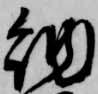
納